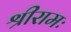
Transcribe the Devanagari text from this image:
श्रीरामः